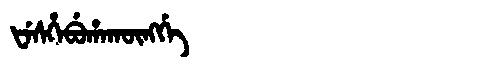
Manchu: ᡶᡝᠰᡥᡝᠪᡠᡥᠠᡴᡡᠩᡤᡝ
Romanization: FESHEBUHAKŪNGGE